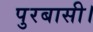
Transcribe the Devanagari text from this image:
पुरबासी।